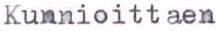
Kunnioittaen